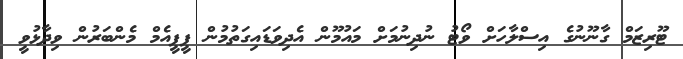
ޓޫރިޒަމް ގާނޫނުގެ އިސްލާހަށް ވޯޓު ނުދިނުމަށް މައުމޫން އެދިވަޑައިގަތުމުން ޕީޕީއެމް މެންބަރުން ވިދާޅުވީ